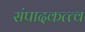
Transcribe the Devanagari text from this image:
संपादकत्त्व